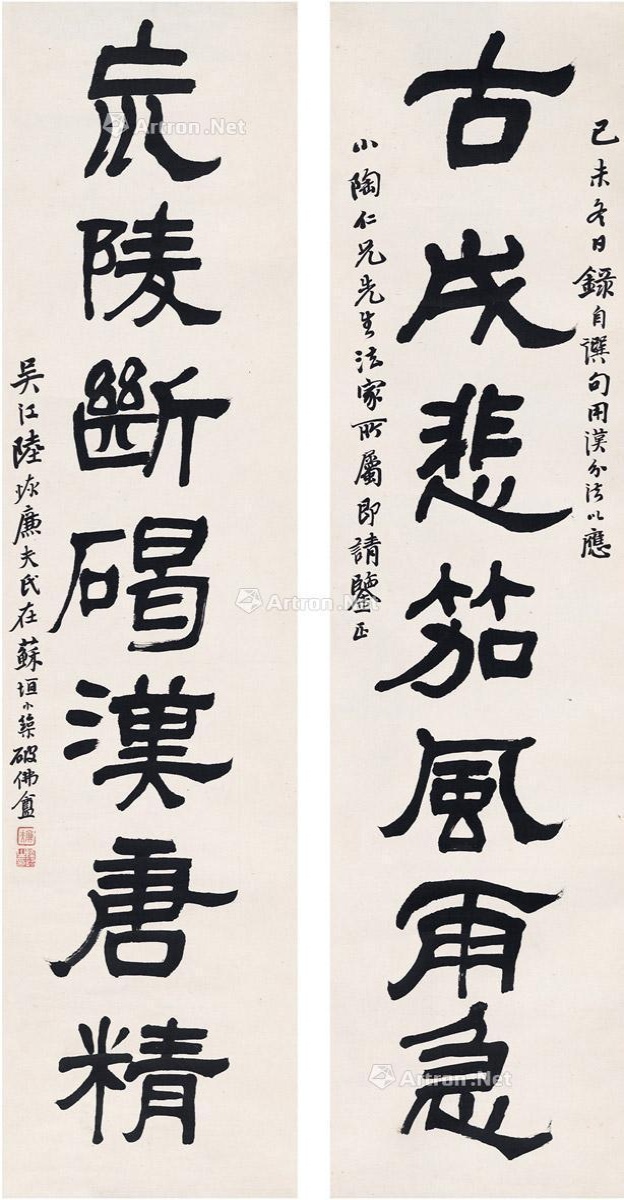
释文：古戌悲笳风雨急，荒陵断碣汉唐精。己未冬日录自撰句，用汉分法，以应小陶仁兄先生法家所属，即请鉴正，吴江陆恢廉夫氏在苏垣小筑破佛盦。